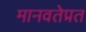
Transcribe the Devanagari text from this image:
मानवतेप्रत